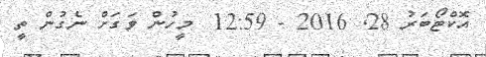
އޮކްޓޯބަރު 28